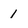
Character: l